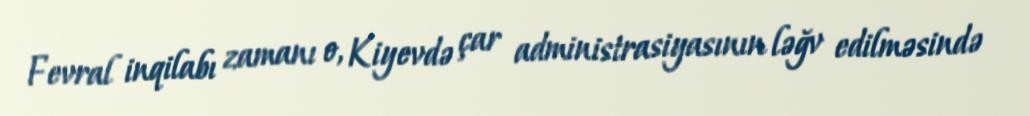
Fevral inqilabı zamanı o, Kiyevdə çar administrasiyasının ləğv edilməsində